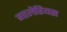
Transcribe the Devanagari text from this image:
गालेरियस